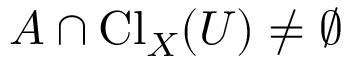
A \cap \operatorname { C l } _ { X } ( U ) \neq \emptyset